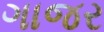
ગાજર